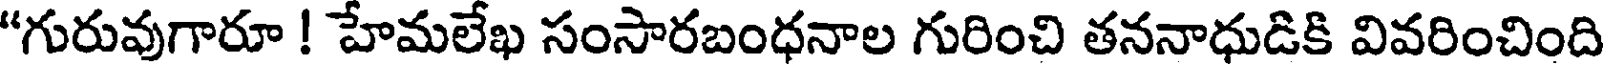
"గురువుగారూ ! హేమలేఖ సంసారబంధనాల గురించి తననాధుడికి వివరించింది